Indian journal of veterinary science and animal husbandry - Volume 11,
Year: 1941
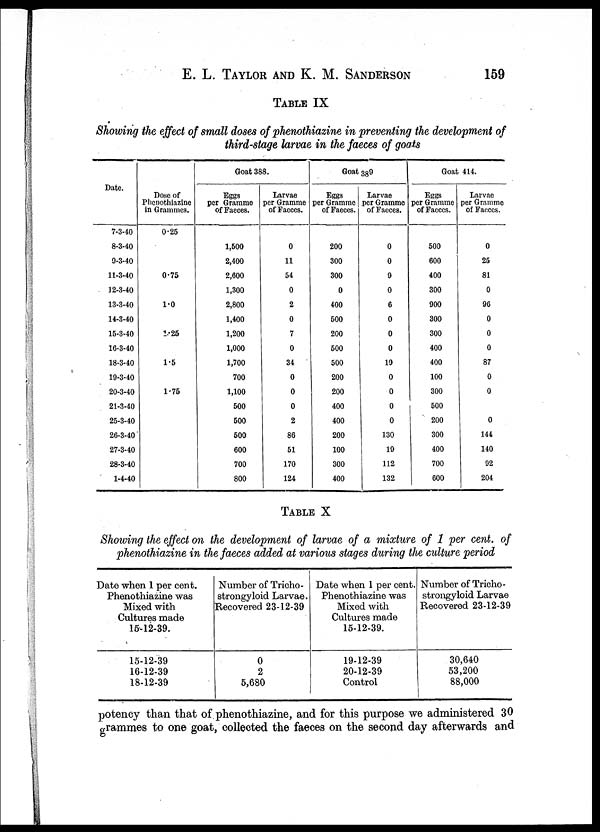
E. L. TAYLOR AND K. M.
SANDERSON
159
TABLE IX
Showing the effect of small doses of phenothiazine in preventing the development of
third-stage larvae in the faeces of goats
Date.
7-3-40
8-3-40
9-3-40
11-3-40
12-3-40
13-3-40
14-3-40
15-3-40
16-3-40
18-3-40
19-3-40
20-3-40
21-3-40
25-3-40
26-3-40
27-3-40
28-3-40
1-4-40
Dose of
Phenothiazine
in Grammes.
0.25
0.75
1.0
1.25
1.5
1.75
Goat 388.
Eggs
per Gramme
of Faeces.
1,500
2,400
2,600
1,300
2,800
1,400
1,200
1,000
1,700
700
1,100
500
500
500
600
700
800
Larvae
per Gramme
of Faeces.
0
11
54
0
2
0
7
0
34
0
0
0
2
86
51
170
124
Goat 389
Eggs
per Gramme
of Faeces.
200
300
300
0
400
500
200
500
500
200
200
400
400
200
100
300
400
Larvae
per Gramme
of Faeces.
0
0
9
0
6
0
0
0
19
0
0
0
0
130
19
112
132
Goat 414.
Eggs
per Gramme
of Faeces.
500
600
400
300
900
300
300
400
400
100
300
500
200
300
400
700
600
Larvae
per Gramme
of Faeces.
0
25
81
0
96
0
0
0
87
0
0
0
144
140
92
204
TABLE X
Showing the effect on the development of larvae of a mixture of 1 per cent. of
phenothiazine in the faeces added at various stages during the culture period
Date when 1 per cent.
Phenothiazine was
Mixed with
Cultures made
15-12-39.
15-12-39
16-12-39
18-12-39
Number of Tricho¬
strongyloid Larvae.
Recovered 23-12-39
0
2
5,680
Date when 1 per cent.
Phenothiazine was
Mixed with
Cultures made
15-12-39.
19-12-39
20-12-39
Control
Number of Trieho¬
strongyloid Larvae
Recovered 23-12-39
30,640
53,200
88,000
potency than that of phenothiazine, and for this purpose we administered 30
grammes to one goat, collected the faeces on the second day afterwards and